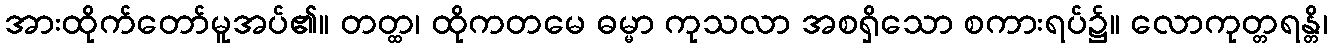
အားထိုက်တော်မူအပ်၏။ တတ္ထ၊ ထိုကတမေ ဓမ္မာ ကုသလာ အစရှိသော စကားရပ်၌။ လောကုတ္တရန္တိ၊